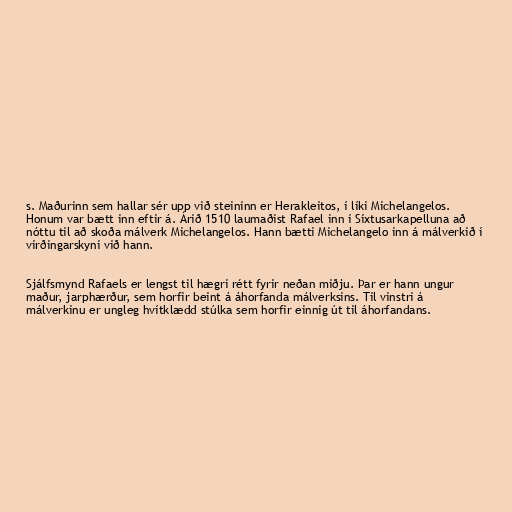
s. Maðurinn sem hallar sér upp við steininn er Herakleitos, í líki Michelangelos.
Honum var bætt inn eftir á. Árið 1510 laumaðist Rafael inn í Sixtusarkapelluna að
nóttu til að skoða málverk Michelangelos. Hann bætti Michelangelo inn á málverkið í
virðingarskyni við hann.

Sjálfsmynd Rafaels er lengst til hægri rétt fyrir neðan miðju. Þar er hann ungur
maður, jarphærður, sem horfir beint á áhorfanda málverksins. Til vinstri á
málverkinu er ungleg hvítklædd stúlka sem horfir einnig út til áhorfandans.